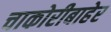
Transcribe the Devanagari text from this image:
चाकोरीबाहेर